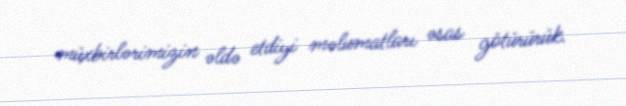
müxbirlərimizin əldə etdiyi məlumatları əsas götürürük.